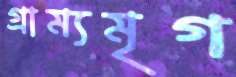
গ্রাম্যমৃগ